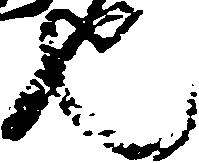
也